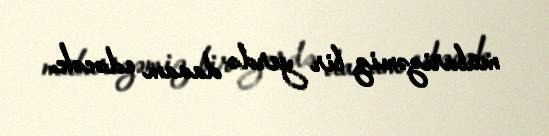
mübarizəmiz bir yerdə davam edəcək.